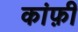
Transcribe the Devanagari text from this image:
कांफ़ी